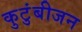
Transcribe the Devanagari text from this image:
कुटुंबीजन